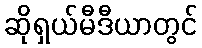
ဆိုရှယ်မီဒီယာတွင်